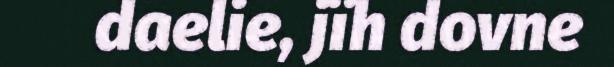
daelie, jïh dovne